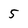
Character: 5